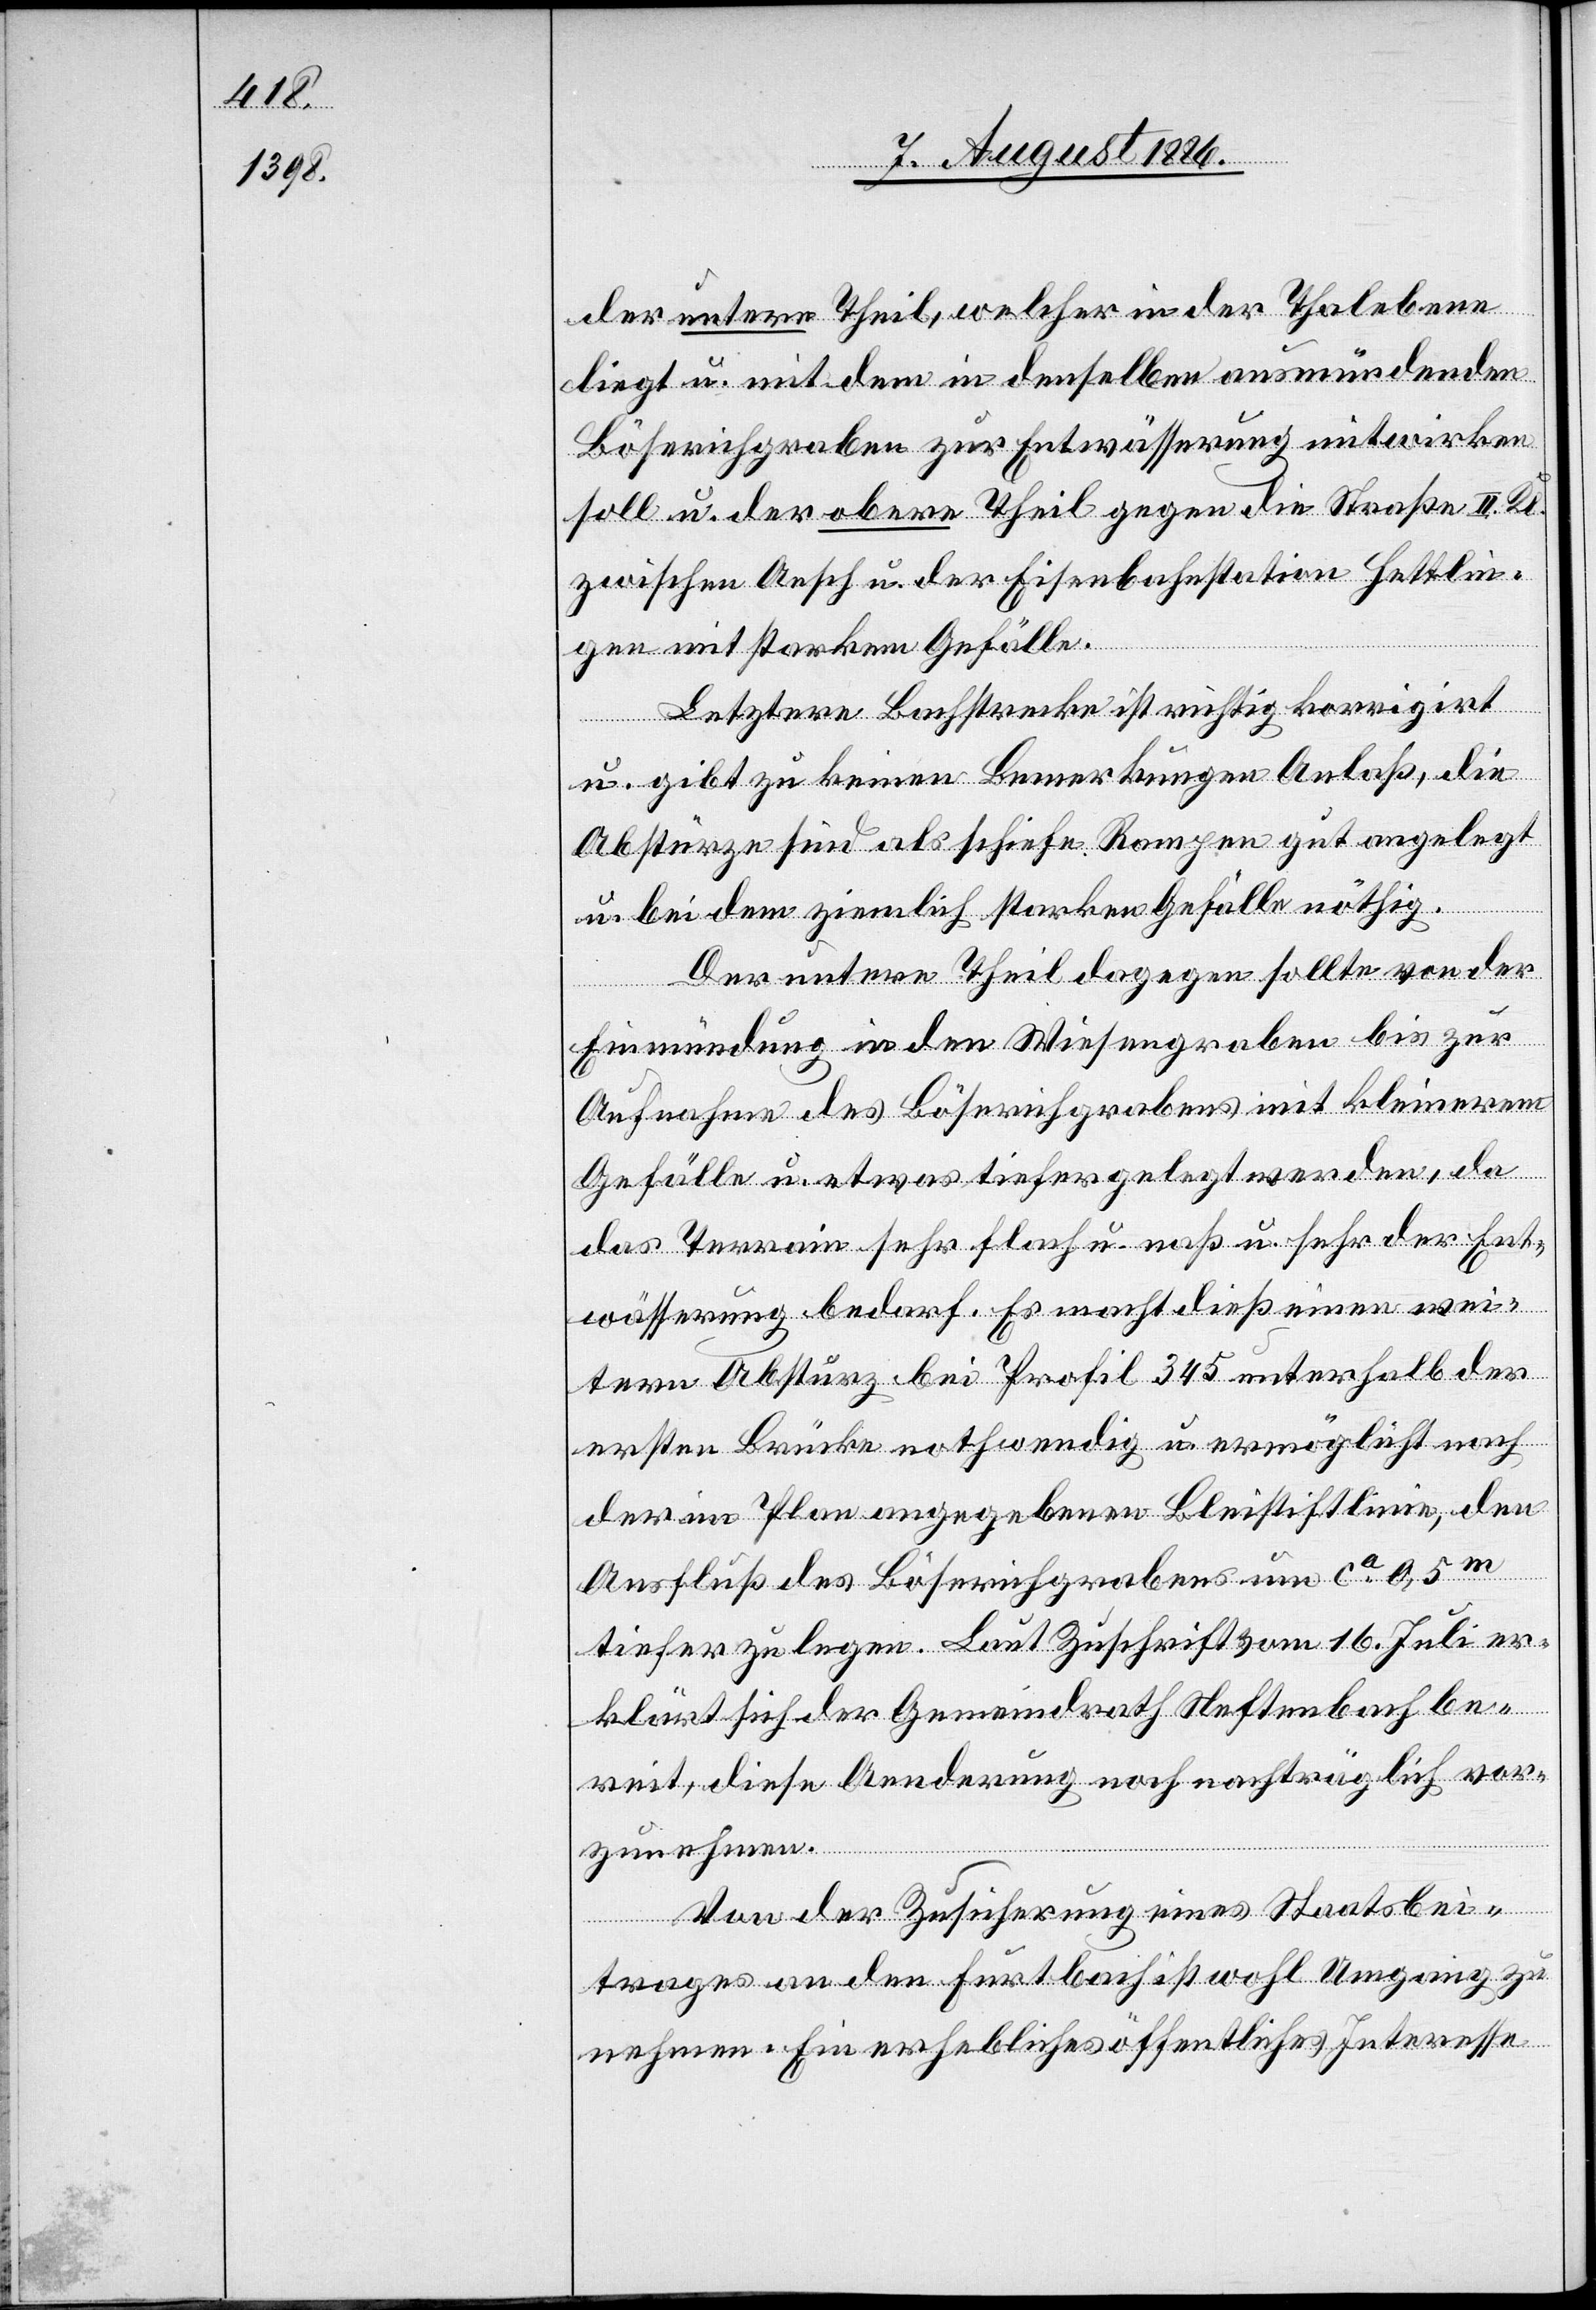
der untere Theil, welcher in der Thalebene
liegt u. mit dem in denselben ausmündenden
Böserichgraben zur Entwässerung mitwirken
soll u. der obere Theil gegen die Straße II. Kl.
zwischen Aesch u. der Eisenbahnstation Hettlin¬
gen mit starkem Gefälle.
Letztere Bachstrecke ist richtig korrigirt
u. gibt zu keinen Bemerkungen Anlaß, die
Abstürze sind als schiefe Rampen gut angelegt
u. bei dem ziemlich starken Gefälle nöthig.
Der untere Theil dagegen sollte von der
Einmündung in den Wiesengraben bis zur
Aufnahme des Böserichgrabens mit kleinerem
Gefälle u. etwas tiefer gelegt werden, da
das Terrain sehr flach u. naß [ist] u. sehr der Ent¬
wässerung bedarf. Es macht dieß einen wei¬
tern Absturz bei Profil 345 unterhalb der
ersten Brücke nothwendig u. ermöglicht nach
der im Plan angegebenen Bleistiftlinie, den
Ausfluß des Böserichgrabens um ca 0,5m
tiefer zu legen. Laut Zuschrift vom 16. Juli er¬
klärt sich der Gemeindrath Neftenbach be¬
reit, diese Aenderung noch nachträglich vor¬
zunehmen.
Von der Zusicherung eines Staatsbei¬
trages an den Furtbach ist wohl Umgang zu
nehmen. Ein erhebliches öffentliches Interesse